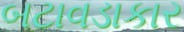
બટાવડાકાર